Annual administration report of the Civil Veterinary Department of India - 1895-1896
Year: 1895
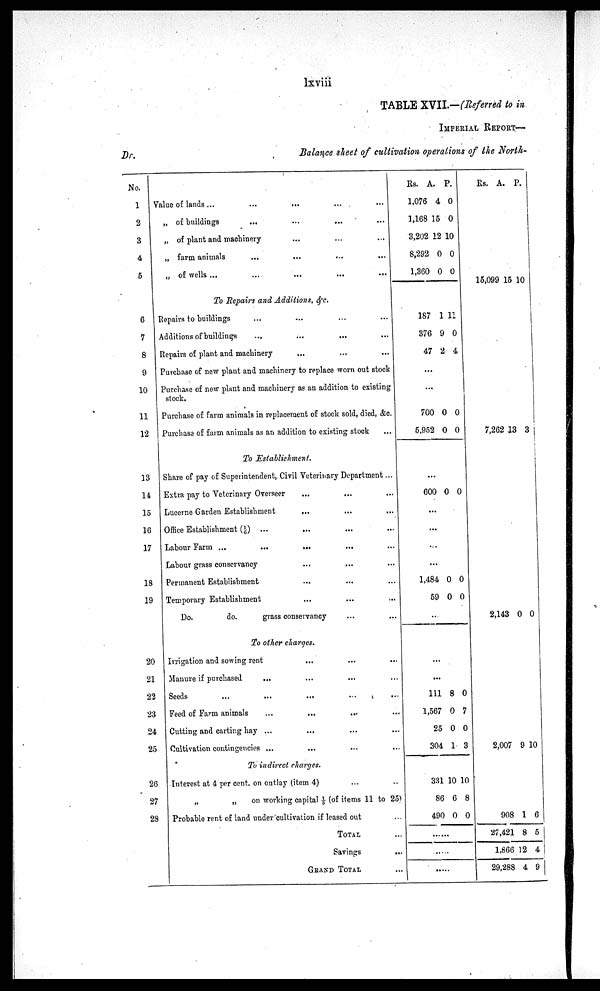
lxviii
TABLE XVII.—(Referred to in
IMPERIAL REPORT—
Dr.
Balance sheet of cultivation operations of the North-
No.
1
2
3
4
5
6
7
8
9
10
11
12
13
14
15
16
17
18
19
20
21
22
23
24
25
26
27
23
Value of lands ...
...
...
...
„ of buildings
...
...
...
„ of plant and machinery
...
...
...
„ farm animals
...
...
...
„ of wells ... ... ... ...
To Repairs and Additions, &c.
Repairs to buildings...
...
...
Additions of buildings
...
...
...
Repairs of plant and machinery
...
...
...
Purchase of new plant and machinery to replace worn out stock
Purchase of new plant and machinery as an addition to existing
stock.
Purchase of farm animals in replacement of stock sold, died, &c.
Purchase of farm animals as an addition to existing stock...
To Establishment.
Shave of pay of Superintendent, Civil Veterinary Department ...
Extra pay to Veterinary Overseer
...
...
...
Lucerne Garden Establishment
...
...
...
Office Establishment (1/6) ...
...
...
...
Labour Farm ...
...
...
...
Labour grass conservancy...
...
...
Permanent Establishment
...
...
...
Temporary Establishment
...
...
...
Do.
do.
grass conservancy
...
...
To other charges.
Irrigation and sowing rent...
...
...
Manure if purchased
...
...
...
...
Seeds
...
...
...
Feed of Farm animals
...
...
...
Cutting and carting hay ...
...
...
...
Cultivation contingencies ...
...
...
...
To indirect charges.
Interest at 4 per cent. on outlay (item 4)
„
„
on working capital 1/5 (of items 11 to 25)
Probable rent of land under cultivation if leased out
TOTAL...
Savings...
GRAND TOTAL...
Rs.
1,076
1,168
3,202
8,292
1,360
A.
4
15
12
0
0
P.
0
0
10
0
0
187
376
47
1
9
2
11
0
4
....
...
700
5,952
0
0
0
0
...
600 0 0
...
...
...
...
1,484
59
0
0
0
0
...
...
...
111
1,567
25
304
8
67
0
1
0
7
0
3
331
86
490
10
6
0
10
8
0
...
Rs. A. P.
15,099 15 10
7,262 13 3
2,143 0
0
2007 9
10
908
27,421
1,866
29,288
1
8
12
4
6
5
4
9